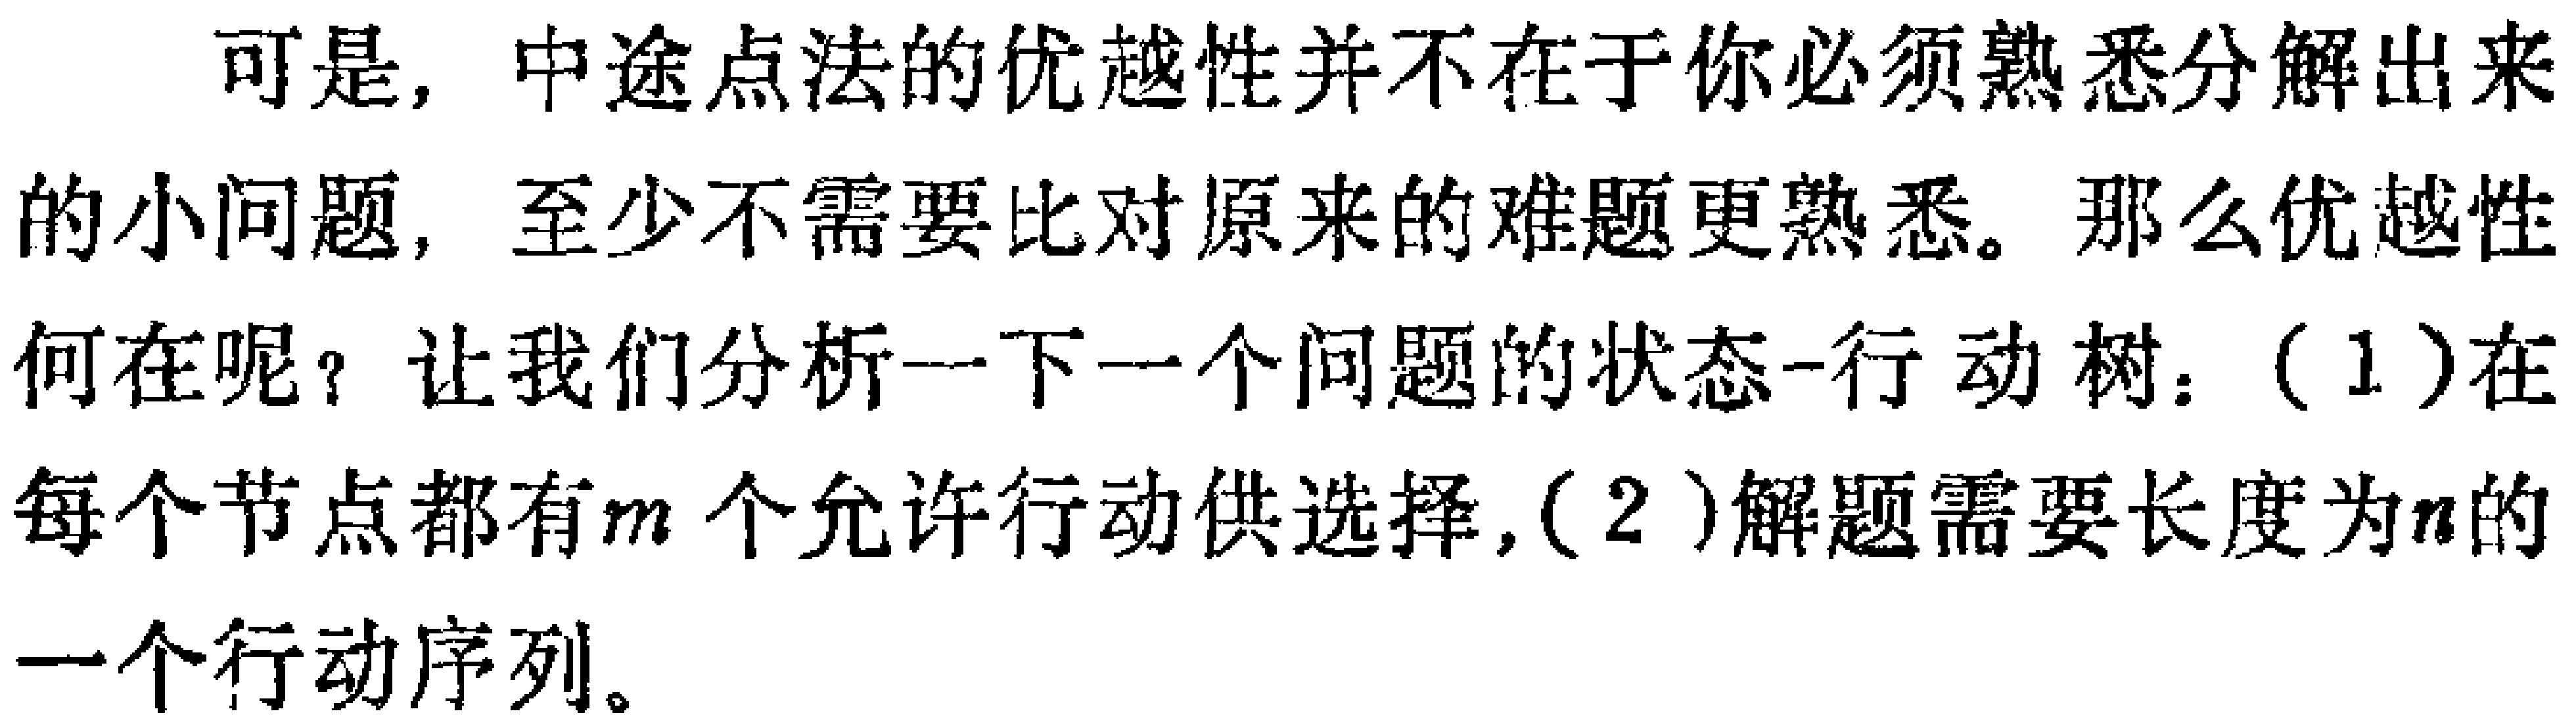
可是，中途点法的优越性并不在于你必须熟悉分解出来的小问题，至少不需要比对原来的难题更熟悉。那么优越性何在呢？让我们分析一下一个问题的状态-行动树：（1）在每个节点都有\(m\)个允许行动供选择，（2）解题需要长度为\(n\)的一个行动序列。